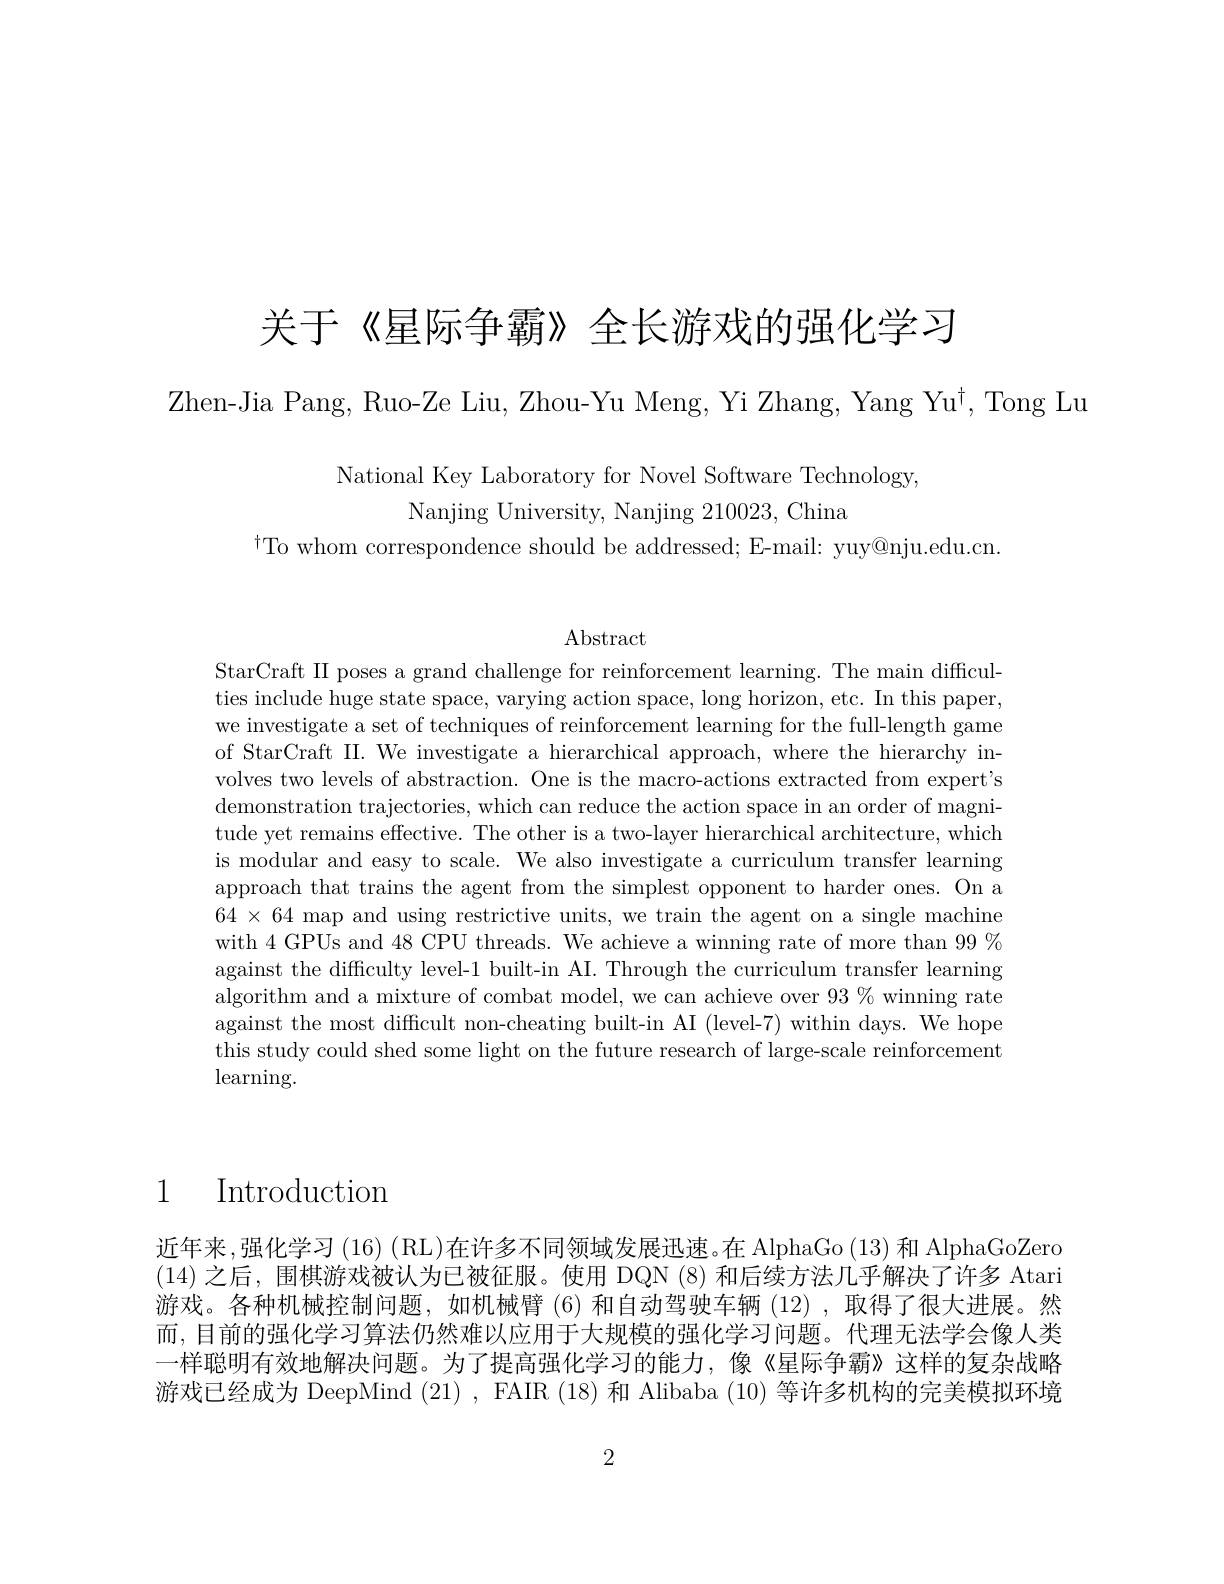
关于《星际争霸》全长游戏的强化学习

Zhen-Jia Pang, Ruo-Ze Liu, Zhou-Yu Meng, Yi Zhang, Yang Yu$^\dagger$, Tong Lu

National Key Laboratory for Novel Software Technology
Nanjing University, Nanjing 210023, China
$^{\dagger}$To whom correspondence should be addressed; E-mail: yuy@nju.edu.cn

Abstract

StarCraft II poses a grand challenge for reinforcement learning. The main difficulties include huge state space, varying action space, long horizon, etc. In this paper, we investigate a set of techniques of reinforcement learning for the full-length game of StarCraft II. We investigate a hierarchical approach, where the hierarchy involves two levels of abstraction. One is the macro-actions extracted from expert's demonstration trajectories, which can reduce the action space in an order of magnitude yet remains effective. The other is a two-layer hierarchical architecture, which is modular and easy to scale. We also investigate a curriculum transfer learning approach that trains the agent from the simplest opponent to harder ones. On a $64\times64$ map and using restrictive units, we train the agent on a single machine with 4 GPUs and 48 CPU threads. We achieve a winning rate of more than 99% against the difficulty level-1 built-in AI. Through the curriculum transfer learning algorithm and a mixture of combat model, we can achieve over $93\%$ winning rate against the most difficult non-cheating built-in AI (level-7) within days. We hope this study could shed some light on the future research of large-scale reinforcement $\operatorname{learning}.$

1 Introduction

近年来，强化学习 (16) (RL)在许多不同领域发展迅速。在 AlphaGo (13) 和 AlphaGoZero (14)之后，围棋游戏被认为已被征服。使用 DQN (8) 和后续方法几乎解决了许多 Atari 游戏。各种机械控制问题，如机械臂(6)和自动驾驶车辆(12),取得了很大进展。然而，目前的强化学习算法仍然难以应用于大规模的强化学习问题。代理无法学会像人类一样聪明有效地解决问题。为了提高强化学习的能力，像《星际争霸》这样的复杂战略游戏已经成为 DeepMind (21), FAIR (18)和 Alibaba (10)等许多机构的完美模拟环境

2